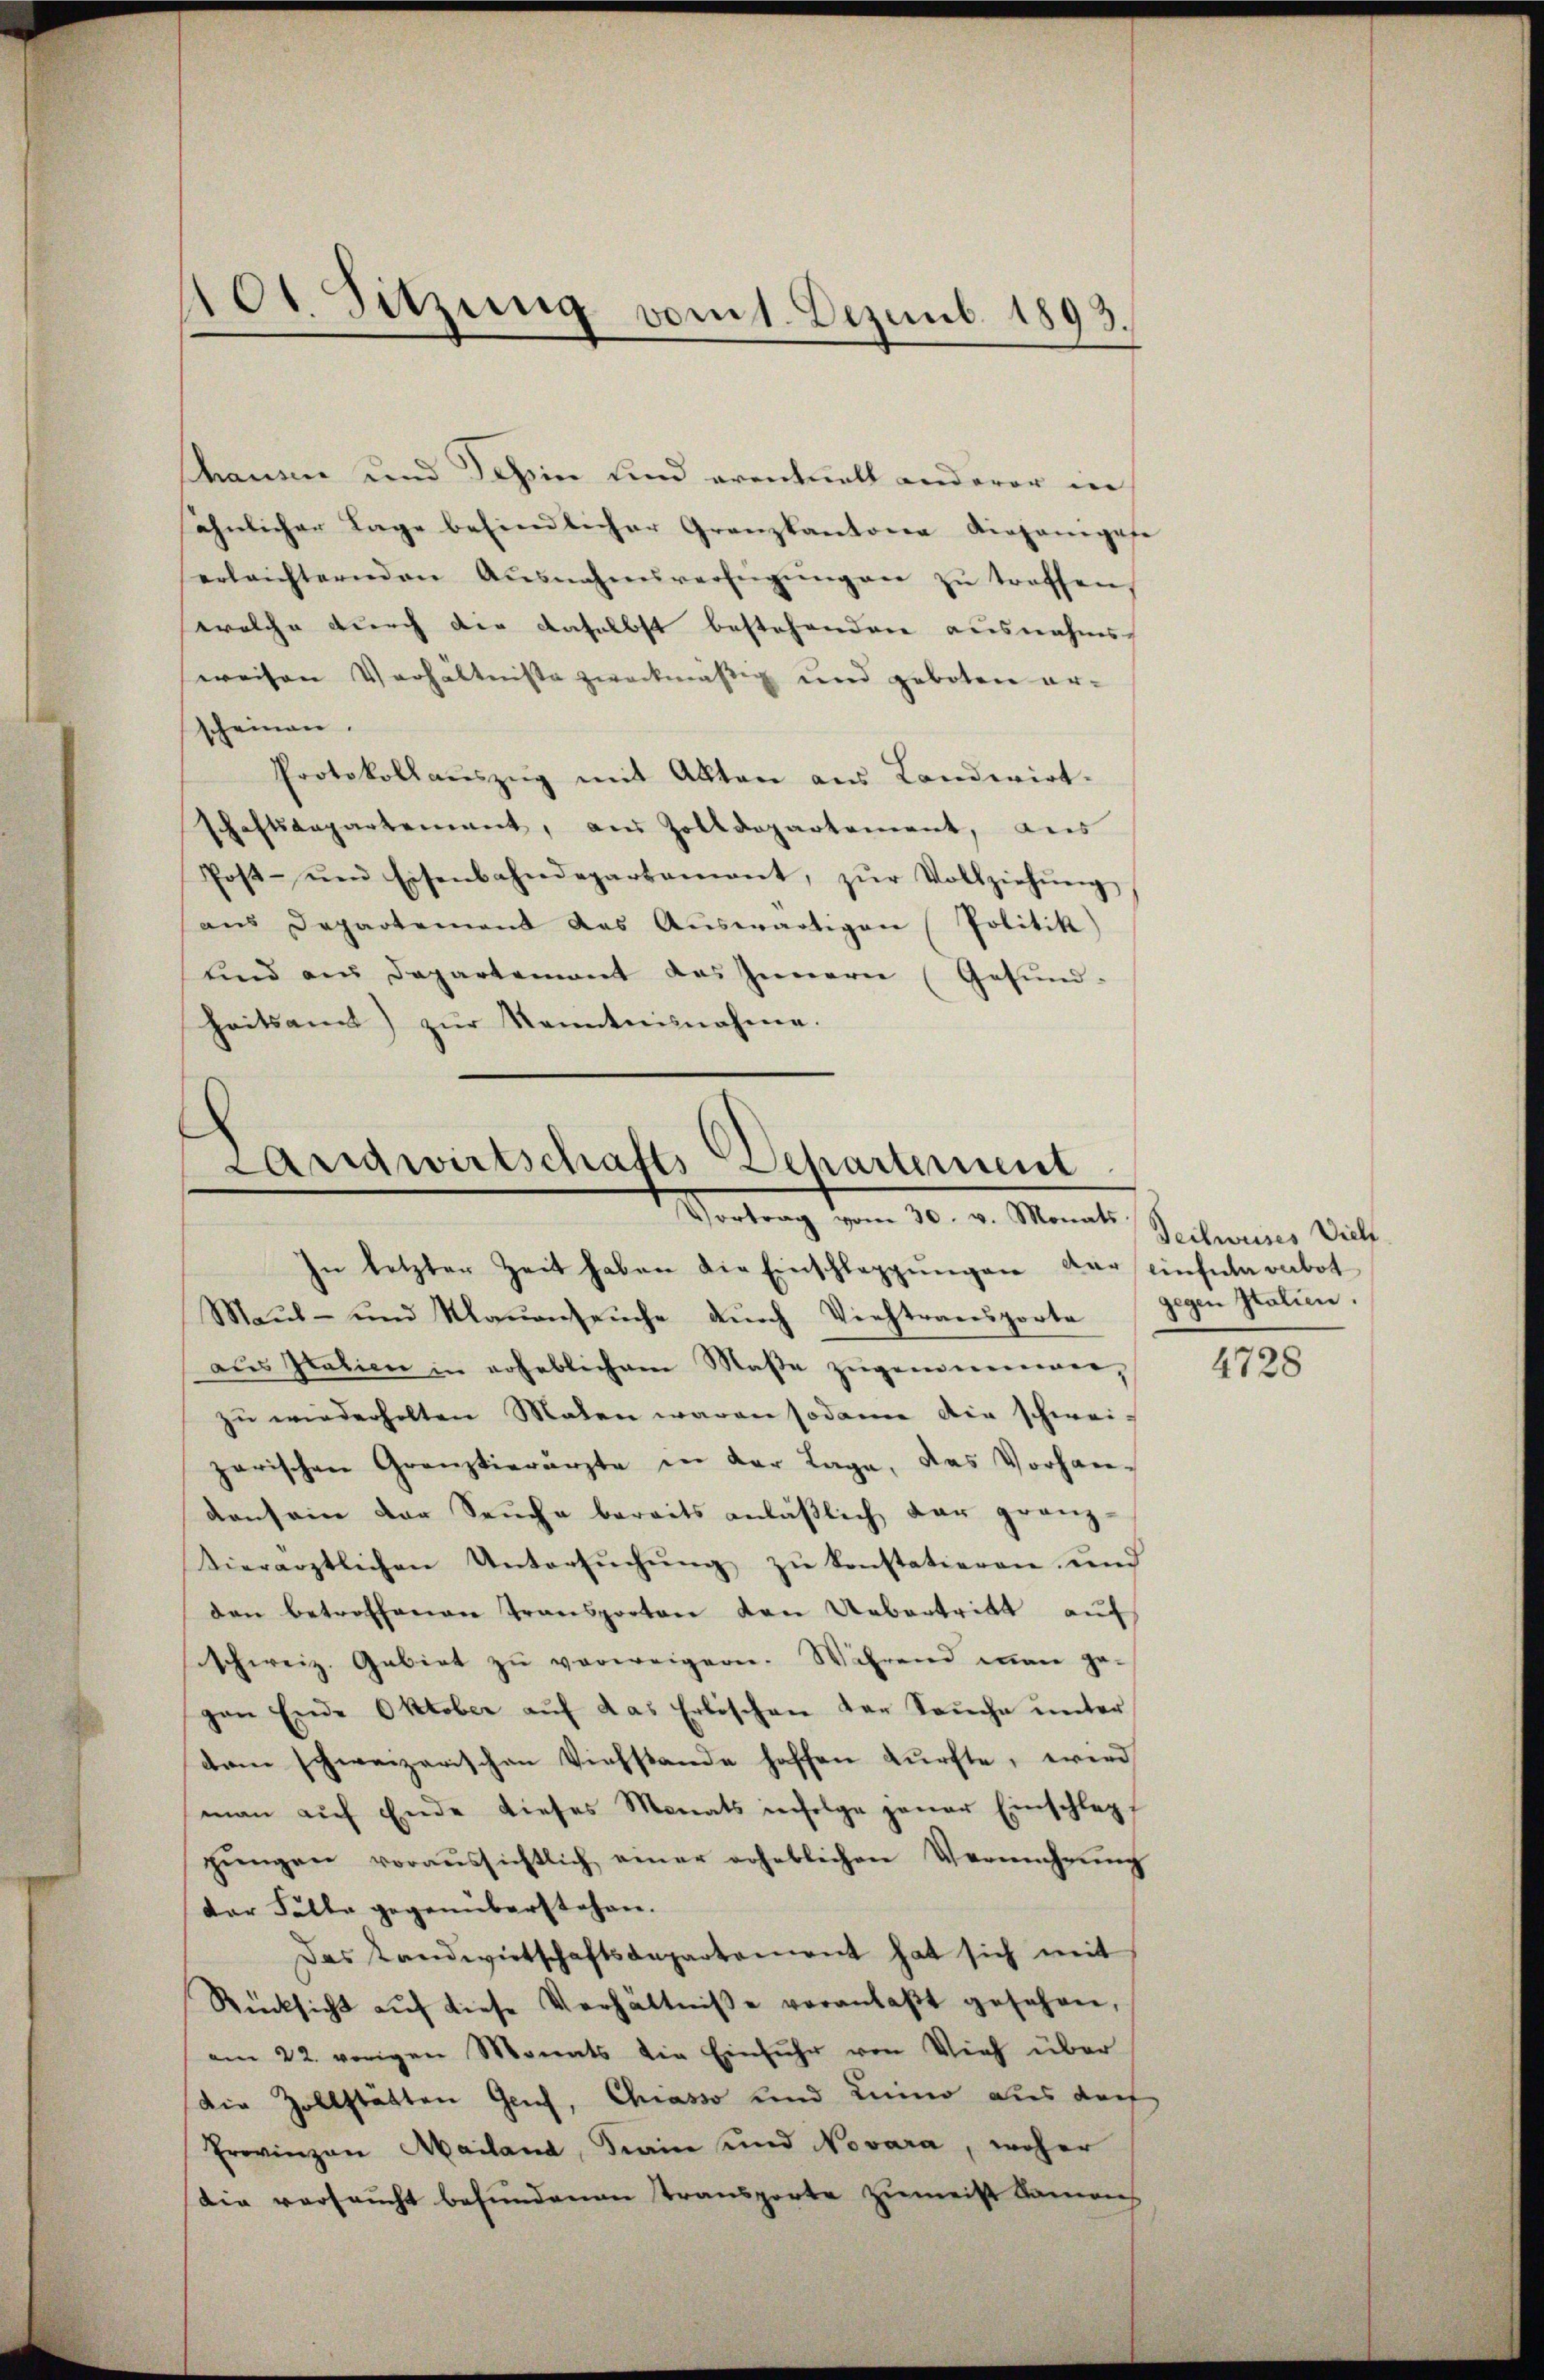
101 Sitzung vom 1. Dezemb. 1893.

thausen und Teßin und eventuell anderer in
söhnlicher Lage befindlicher Granzkantone diejenigese
erleichternden Ausnahmsverfügŭng an zŭ treffen,
welche durch die daselbst bestehenden ausnahms-
weisen Verhältnisse zweckmäßig und geboten er-
scheinen.
Protokollaŭszŭg mit Akten aus Landwirt-
schaftsangartement, aus Zolldepartement, aus
Post- und Eisenbahndepartamant, zŭr Vollziehŭng
ans Departement das Aŭswärtigen (Politik
und an Departement das Innern (Gesund-
heitsamt zŭr Kenntnisnahme.
Larigwirtschafts-Departement
Wertung vom 10. v. Monat

In letzter Zeit haben die Einschlaggŭngen der Einfula vabot

Maŭl- und Maŭenseuche dŭrch Viehtransporte gegen Italien.
aŭs Italien in erheblichem Maβe zŭgennenwerzu wiederholten Malen waren sodann die schwei-
zarischen Grenztierärzte in der Lage, das Vorhan-
konsein der Seuche bereits anläßlich dar granz-
Vierärztlichen Untersuchung zu konstatieren, und
den betroffenen Transporten den Uebertritt auf
schweiz. Gebiet zŭ verweigern. Während man ge-
gen Ende Oktober aŭf das Erbischen der Sache unter
dem schweizerischen Viehstande hoffen durfte, wird
man aŭf Ende dieses Monats infolge jener Einschlag
gŭngen voraussichtlich einer erheblichen Vermehrŭng
der Fälle gegenüberstehen.
Das Landwirtschaftsaepartement hat sich mit
Rücksicht aŭf diese Verhältniße veranlaßt gesehen,
am 22. vorigen Monats die Einfuhr von Vieh über
Die Zollstätten Genf, Chiasso und Luino aus darf
Provinzen Mailand, Krain und Novara, woher
die versaucht befundenen Transporte zumeist Namens

Teilweises Viel

4728